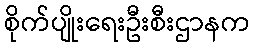
စိုက်ပျိုးရေးဦးစီးဌာနက